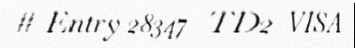
# Entry 28347 - TD2_VISA